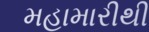
મહામારીથી